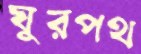
ঘুরপথ